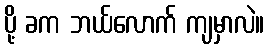
ပို့ ခက ဘယ်လောက် ကျမှာလဲ။